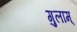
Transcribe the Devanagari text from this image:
गुलाम्